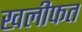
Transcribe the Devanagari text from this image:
खलीफत